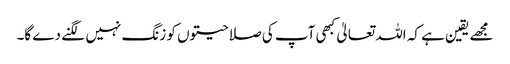
مجھے یقین ہے کہ اللہ تعالیٰ کبھی آپ کی صلاحیتوں کو زنگ نہیں لگنے دے گا۔